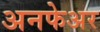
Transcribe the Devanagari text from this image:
अनफेअर